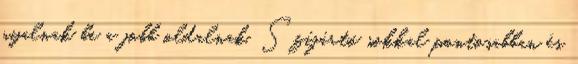
nyalnak be a jobb oldalnak. Szíjártó sokkal pontosabban és